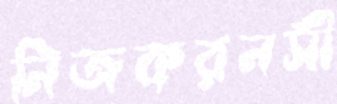
নিজকরনসী